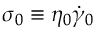
\sigma _ { 0 } \equiv \eta _ { 0 } \dot { \gamma } _ { 0 }